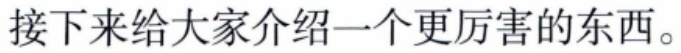
接下来给大家介绍一个更厉害的东西。